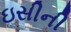
ઇસીની